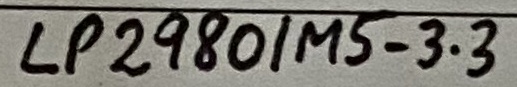
Text: LP2980/MS-3.3